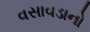
વસાવડાનો